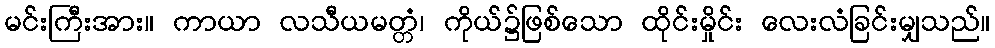
မင်းကြီးအား။ ကာယာ လသီယမတ္တံ၊ ကိုယ်၌ဖြစ်သော ထိုင်းမှိုင်း လေးလံခြင်းမျှသည်။